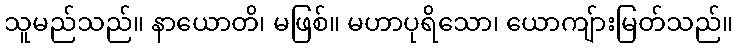
သူမည်သည်။ နာယောတိ၊ မဖြစ်။ မဟာပုရိသော၊ ယောကျ်ားမြတ်သည်။